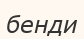
бенди